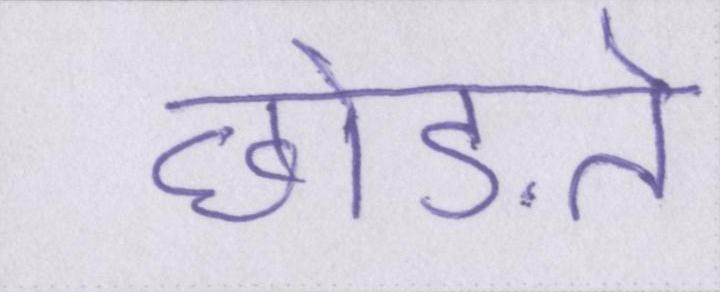
छोड़ते